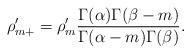
LaTeX: \begin{align*}\rho_{m+}'= \rho_m'\frac{\Gamma(\alpha)\Gamma(\beta-m)}{\Gamma(\alpha-m) \Gamma(\beta)}. \end{align*}